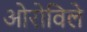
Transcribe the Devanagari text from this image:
ओरोविले